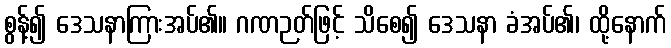
စွန့်၍ ဒေသနာကြားအပ်၏။ ဂဏဉတ်ဖြင့် သိစေ၍ ဒေသနာ ခံအပ်၏၊ ထို့နောက်